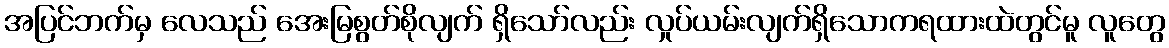
အပြင်ဘက်မှ လေသည် အေးမြစွတ်စိုလျက် ရှိသော်လည်း လှုပ်ယမ်းလျက်ရှိသောကရထားထဲတွင်မူ လူတွေ